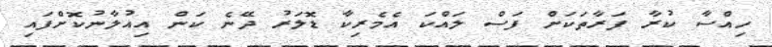
ހިއްސާ ކުރާ ފަރާތަކަށް ފަސް ލައްކަ އެމެރިކާ ޑޮލަރު ދޭނެ ކަން އިއުލާނުކޮށްފައި